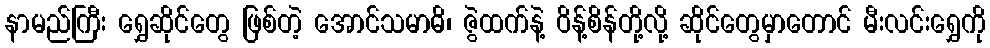
နာမည်ကြီး ရွှေဆိုင်တွေ ဖြစ်တဲ့ အောင်သမာဓိ၊ ဇွဲထက်နဲ့ ဝိန့်စိန်တို့လို့ ဆိုင်တွေမှာတောင် မီးလင်းရွှေကို